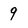
Character: 9